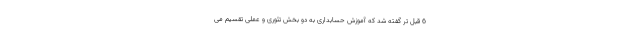
6 قبل تر گفته شد که آموزش حسابداری به دو بخش تئوری و عملی تقسیم می